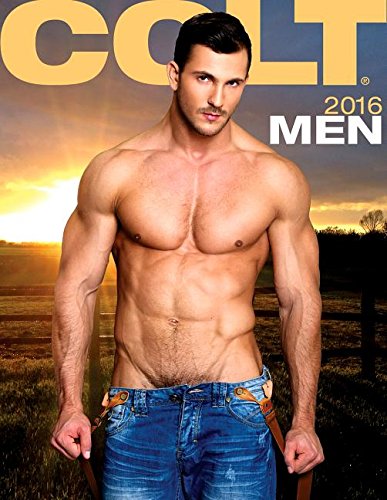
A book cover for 2016 Men Calendar; Arts & Photography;